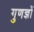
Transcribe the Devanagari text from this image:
गुणज्ञों